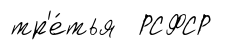
тр'е́тья РСФСР